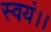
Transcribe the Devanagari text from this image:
स्वयं।।